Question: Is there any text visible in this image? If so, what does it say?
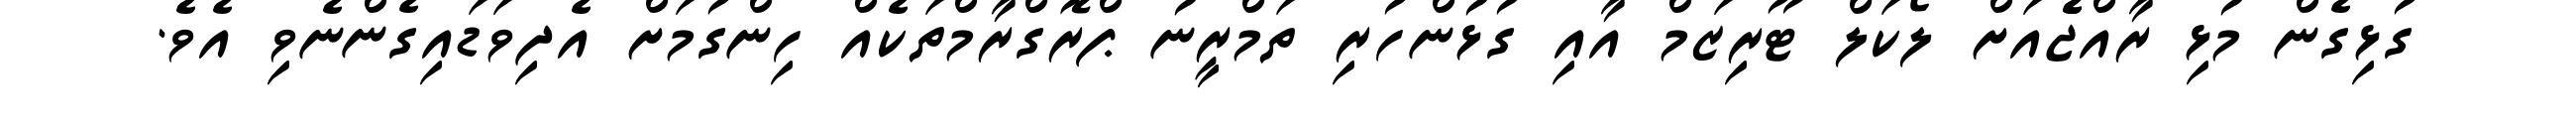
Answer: ގުޅިގެން މުޅި ރާއްޖެެއަށް ލޯކަލް ޓޫރިޒަމް އާއި ގުޅުންހުރި ތަމްރީނު ޕްރޮގްރާމްތަކެއް ހިންގުމަށް އެދިވަޑައިގެންނެވި އެވެ.